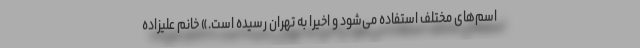
اسم‌های مختلف استفاده می‌شود و اخیرا به تهران رسیده است.» خانم علیزاده